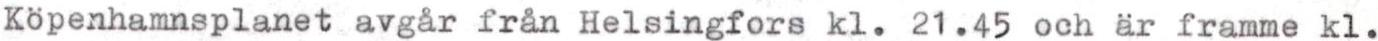
Köpenhamnsplanet avgår från Helsingfors kl. 21.45 och är framme kl.